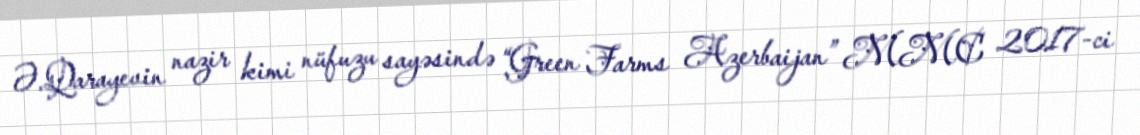
Ə.Qarayevin nazir kimi nüfuzu sayəsində “Green Farms Azerbaijan” MMC 2017-ci